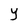
Character: Y